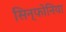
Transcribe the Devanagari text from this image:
सिन्फोनिया